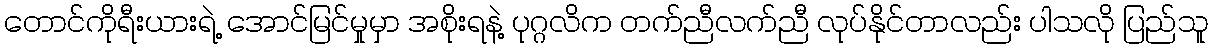
တောင်ကိုရီးယားရဲ့ အောင်မြင်မှုမှာ အစိုးရနဲ့ ပုဂ္ဂလိက တက်ညီလက်ညီ လုပ်နိုင်တာလည်း ပါသလို ပြည်သူ